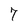
Character: 7